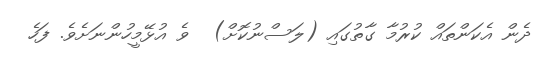
ދެން އެކަންތައް ކުރުމާ ގާތުގައި (ލަސްނުކޮށް)  ވެ އުޅޭމީހުންނަށެވެ. ފަހެ